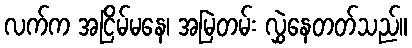
လက်က အငြိမ်မနေ၊ အမြဲတမ်း လွှဲနေတတ်သည်။